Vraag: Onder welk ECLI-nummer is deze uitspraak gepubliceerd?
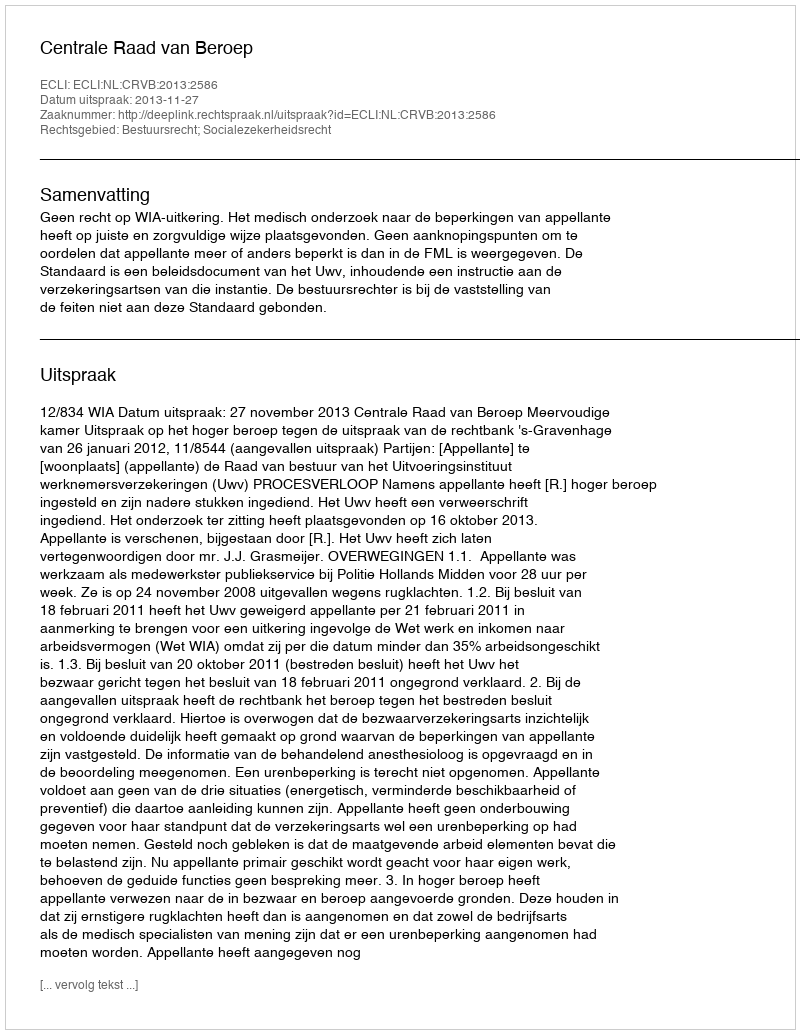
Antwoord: ECLI:NL:CRVB:2013:2586